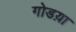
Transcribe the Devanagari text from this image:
गोडय़ा